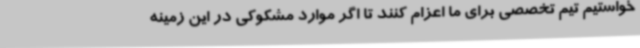
خواستیم تیم تخصصی برای ما اعزام کنند تا اگر موارد مشکوکی در این زمینه